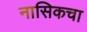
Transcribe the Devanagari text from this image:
नासिकचा